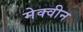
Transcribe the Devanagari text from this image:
मेक्वीन